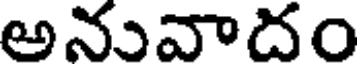
అనువాదం